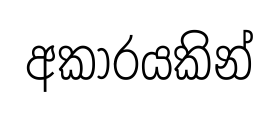
අකාරයකින්